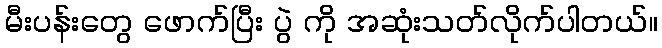
မီးပန်းတွေ ဖောက်ပြီး ပွဲ ကို အဆုံးသတ်လိုက်ပါတယ်။